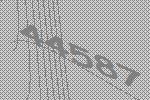
44587